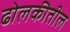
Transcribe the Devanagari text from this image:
ढोलकीतील